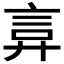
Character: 𫌲